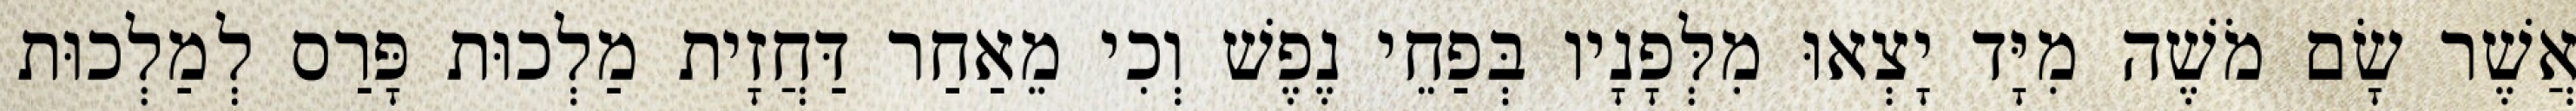
אֲשֶׁר שָׂם מֹשֶׁה מִיָּד יָצְאוּ מִלְּפָנָיו בְּפַחֵי נֶפֶשׁ וְכִי מֵאַחַר דַּחֲזָית מַלְכוּת פָּרַס לְמַלְכוּת